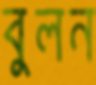
বুলন